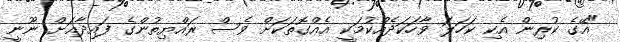
"އޭގެ ކުރިން އެކި ކަހަލަ ވާހަކަދެއްކުމަކީ އެއްގޮތަކަށް ވެސް ރައްޔިތުންގެ ފައިދާއަށް ނޫނީ